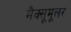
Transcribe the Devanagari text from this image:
मैक्सूमूलर